Calcutta medical institutions reports 1879-81 [i.e.91]
Year: 1879
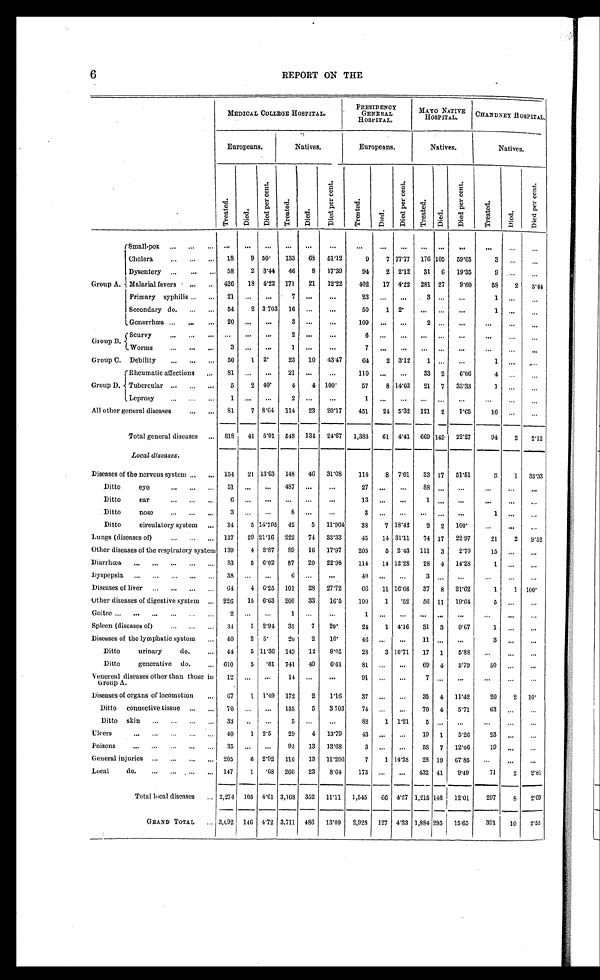
6
REPORT ON THE
MEDICAL COLLEGE HOSPITAL.
PRESIDENCY
GENERAL
HOSPITAL.
MAYO NATIVE
HOSPITAL.
CHANDNEY HOSPITAL.
Europeans.
Natives.
Europeans.
Natives.
Natives.
T r e a t e d .
D i e d .
D i e d p e r c e n t .
T r e a t e d .
D i e d .
D i e d p e r c e n t .
T r e a t e d .
D i e d .
D i e d p e r c e n t .
T r e a t e d .
Di e d .
D i e d p e r c e n t .
T r e a t e d .
D i e d .
D i e d p e r c e n t .
Group A.
Small pox . . .
. . .
. . .
. . .
. . .
. . .
. . .
. . .
. . .
. . .
. . .
. . .
. . .
. . .
. . .
. . .
Cholera . . .
18
9 50°133
68
51.12
9
7 77.77 176 105
59.65
3
. . .
. . .
Dysentery . . .
58
2 3.44
46
8
17.39
94
2 2.12
31 6
19.35
. . . . . .
. . .
Malarial fevers
. . .
426
18 4.22 171
21
12.22
402
17 4.22 281 27
9.60
58
2
3.44
Primary syphilis . . .
21
. . .
. . .
7
. . . . . .
23
. . .
. . .
3
. . . . . .
. . . . . .
. . .
Secondary do. . . .
54
2 3.703 16
. . .
. . .
50
1 2°. . .
. . .
. . .
1
. . .
. . .
Gonorrhœa . . .
20
. . .
. . .
3
. . .
. . .
109
. . .
. . .
2
. . . . . .
. . .
. . .
. . .
Scurvy
. . .
. . .
. . .
. . .
2
. . .
. . .
6
. . .
. . .
. . .
. . . . . .
. . .
. . .
. . .
Group B.
Worms . . .
3
. . .
. . .
1
. . .
. . .
7
. . .
. . .
. . .
. . .
. . .
. . .
. . .
. . .
Group C. Debility . . .
50
1 2°2 3
10 43.47
64
2 3.12
1
. . .
. . .
1
. . .
. . .
Group D.
Rheumatic affections . . .
81
. . .
. . .
21
. . .
. . .
110
. . .
. . .
33 2
6.06
4 . . .
. . .
Tubercular . . .
5
2 40°4
4 100°57
8 14.03
21 7
33.33
1
. . .
. . .
Leprosy . . .
1
. . .
. . . 2
. . . . . .
1
. . .
. . .
. . .
. . .
. . .
. . .
. . .
. . .
All other general diseases . . .
8 1
7 8.64 114
23 20.17
451
24 5.32 121 2
1.65
16 . . .
. . .
Total general diseases . . .
818 41 5.01 543 134 24.67 1,383
61 4.41 669 149 22.27
94
2
2.12
Local diseases.
Diseases of the nervous system . . .
154 21 13.63 148
46 31.08
114
8 7.01
33 17
51.51
3
1 33.33
Ditto eye . . .
51
. . .
. . .
487 . . .
. . .
2 7
. . . . . .
8 8
. . .
. . .
. . .
. . .
. . .
Ditto ear . . .
6 . . . . . . . . . . . .
. . .
1 3
. . . . . .
1 . . .
. . .
. . .
. . .
. . .
Ditto nose . . .
3
. . .
. . .
8
. . .
. . .
3
. . .
. . .
. . .
. . . . . .
1
. . .
. . .
Ditto circulatory system. . .
34
5 14.705 42
5 11.904
38
7 18.42
2 2 100°. . .
. . .
. . .
Lungs (diseases of) . . .
137
29 21.16 222
74 33.33
45
14 31.11
74 17
22.97
21
2
9.52
Other diseases of the respiratory system 139
4 2.87
89
16 17.97
205
5 2.43 111 3
2.70
15 . . .
. . .
Diarrhœa . . .
83
5 6.02
87
20 22.98
114
14 12.28
28 4 14.28
1 . . .
. . .
Dyspepsia . ..
3 8
. . .
. . .
6 . . .
. . .
40 . . . . .
3 . . .
. . .
. . . . . .
. . .
Diseases of liver . . .
64
4 6.25 101
28 27.72
66
11 16.66
37 8 21.62
1
1 100°O
ther diseases of digestive system . . .
226
15 6.63 200
33
16.5
190
1 .52
56 11
19.64
5 . . .
. . .
Goitre . . .
2
. . .
. . .
1
. . .
. . .
1
. . .
. . .
. . .
. . .
. . .
. . .
. . .
. . .
Spleen (diseases of) . . .
34
1 2.94
35
7
20°24
1 4.16
31 3
9.67
1 . . .
. . .
Diseases of the lymphatic system . . .
40
2 5°20
2
10°4 6
. . .
. . .
1 1
. . .
. . .
3
. . .
. . .
Ditto urinary do. . . .
44
5 11.36 149 12
8.05
28
3 10.71
17 1
5.8S
. . .
. . .
. . .
Ditto generative do. . . .
610
5 .81 741
49
6.61
81
. . .
. . .
69 4
5.79
50
. . .
. . .
Venereal diseases other than those in
Group A.
12 . . .
. . .
14 . . .
. . .
91
. . .
. . .
7 . . .
. . .
. . .
. . .
. . .
Diseases of organs of locomotion . . .
67
1 1.49 172
2
1.16
37
. . .
. . .
35 4 11.42
20
2 10°D
itto connective tissue . . .
70 . . .
. . .
135
5
3 703
74
. . . . . .
70 4
5.71
63
. . .
. . .
Ditto skin . . .
33 . . .
. . .
5 . . .
. . .
82
1 1.21
5
. . .
. . .
. . .
. . .
. . .
Ulcers . . .
40
1 2.5
29
4 13.79
43 . . .
. . .
19 1
5.26
23
. . .
. . .
Poisons . . .
35 . . .
. . .
95
13 13.68
3
. . .
. . .
58 7 12.06
19
. . .
. . .
General injuries . . .
205
6 2.92 116
13 11.206
7
1 14.28
28 19 67.85
. . .
. . .
. . .
Local do . . ..
147
1 .68 266
23
8.64
173
. . .
. . .
432 41
9.49
71
2
2.81
Total local diseases . . . 2,274 105 4.61 3,163 352 11.11 1,545
66 4.27 1,215 146 12.01
297
8
2.69
GRAND TOTAL . . . 3,092 146 4.72 3,711 486 13.09
2,928 127 4.33 1,884
2 9 5 15.65
391
1 0
2.55